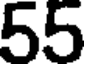
55